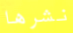
نشرها